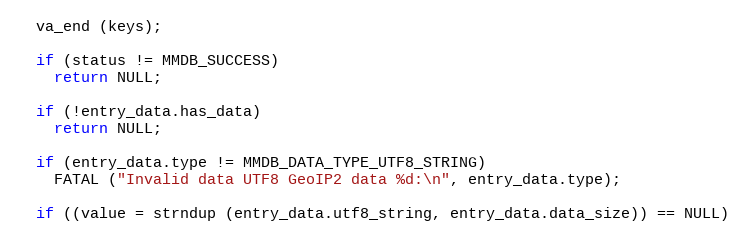
Language: C
  va_end (keys);

  if (status != MMDB_SUCCESS)
    return NULL;

  if (!entry_data.has_data)
    return NULL;

  if (entry_data.type != MMDB_DATA_TYPE_UTF8_STRING)
    FATAL ("Invalid data UTF8 GeoIP2 data %d:\n", entry_data.type);

  if ((value = strndup (entry_data.utf8_string, entry_data.data_size)) == NULL)